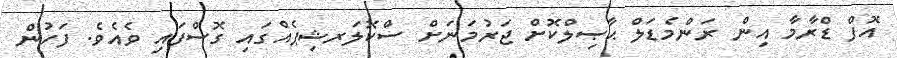
އޮފް ޑްރާމާ އިން ރަންމެޑަލް ޙާޞިލްކޮށް ޖަރުމަނަށް ސްްކޮލަރޝިޕެއްގައި ގޮސްފައި ވެއެވެ. ފަހުން